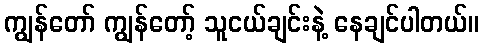
ကျွန်တော် ကျွန်တော့် သူငယ်ချင်းနဲ့ နေချင်ပါတယ်။